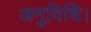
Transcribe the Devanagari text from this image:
अनुविधि।